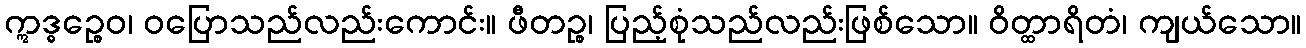
ဣဒ္ဓဉ္စေဝ၊ ဝပြောသည်လည်းကောင်း။ ဖီတဉ္စ၊ ပြည့်စုံသည်လည်းဖြစ်သော။ ဝိတ္ထာရိတံ၊ ကျယ်သော။